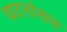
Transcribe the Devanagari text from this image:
घटनांनाच